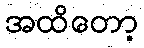
အထိတော့